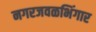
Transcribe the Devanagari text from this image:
नगरजवळभिंगार